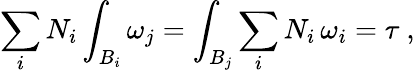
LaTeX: \sum_{i}N_{i}\int_{B_{i}}\omega_{j}=\int_{B_{j}}\sum_{i}N_{i}\, \omega_{i}=\tau\ ,